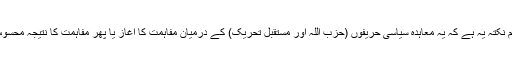
سب سے اہم نکتہ یہ ہے کہ یہ معاہدہ سیاسی حریفوں (حزب اللہ اور مستقبل تحریک) کے درمیان مفاہمت کا آغاز یا پھر مفاہمت کا نتیجہ محسوس ہوتا ہے۔